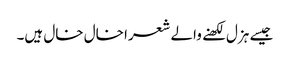
جیسے ہزل لکھنے والے شعرا خال خال ہیں۔